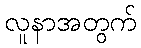
လူနာအတွက်